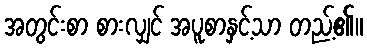
အတွင်းစာ စားလျှင် အပူစာနှင့်သာ တည့်၏။